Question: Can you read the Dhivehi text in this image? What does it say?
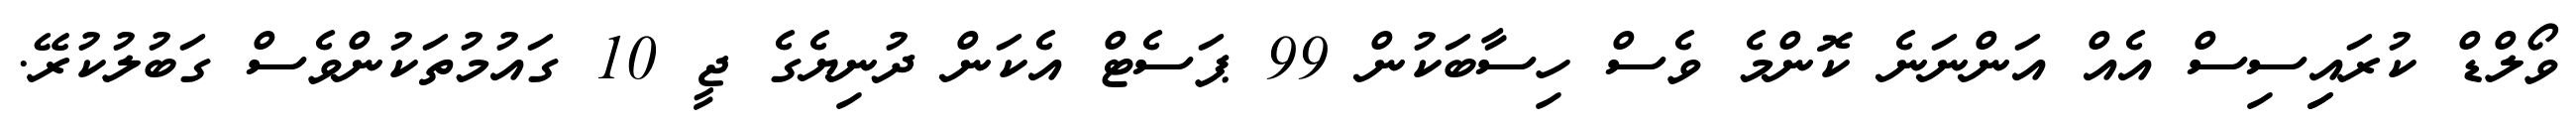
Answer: ވޯލްޑް ކުރައިިސިސް އެއް އަންނަނެ ކޮންމެ ވެސް ހިސާބަކުން 99 ޕަސެޓް އެކަން ދުނިޔެގެ ޖީ 10 ގައުމުތަކުންވެސް ގަބުލުކުރޭ.